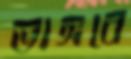
ভাঙ্গবে